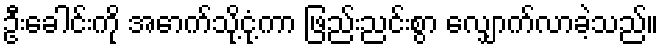
ဦးခေါင်းကို အောက်သို့ငုံ့ကာ ဖြည်းညင်းစွာ လျှောက်လာခဲ့သည်။